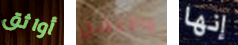
أواثق والأفضل إنها